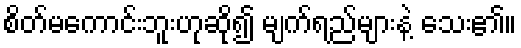
စိတ်မကောင်းဘူးဟုဆို၍ မျက်ရည်များနဲ့ သေး၏။